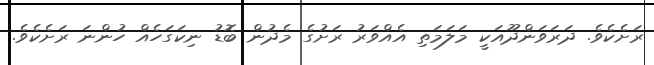
ރަށެކެވެ. ދަރަވަންދޫއަކީ މަލަމަތި އެއްވަރު ރަށުގެ މެދުން ބޮޑު ނިކަގަހެއް ހުންނަ ރަށެކެވެ.